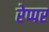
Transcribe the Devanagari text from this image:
रेप्पर